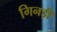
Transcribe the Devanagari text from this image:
गिनड़ी